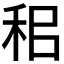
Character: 𥞐